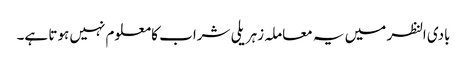
بادی النظر میں یہ معاملہ زہریلی شراب کا معلوم نہیں ہوتا ہے۔